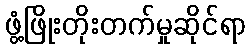
ဖွံ့ဖြိုးတိုးတက်မှုဆိုင်ရာ